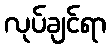
လုပ်ချင်ရာ